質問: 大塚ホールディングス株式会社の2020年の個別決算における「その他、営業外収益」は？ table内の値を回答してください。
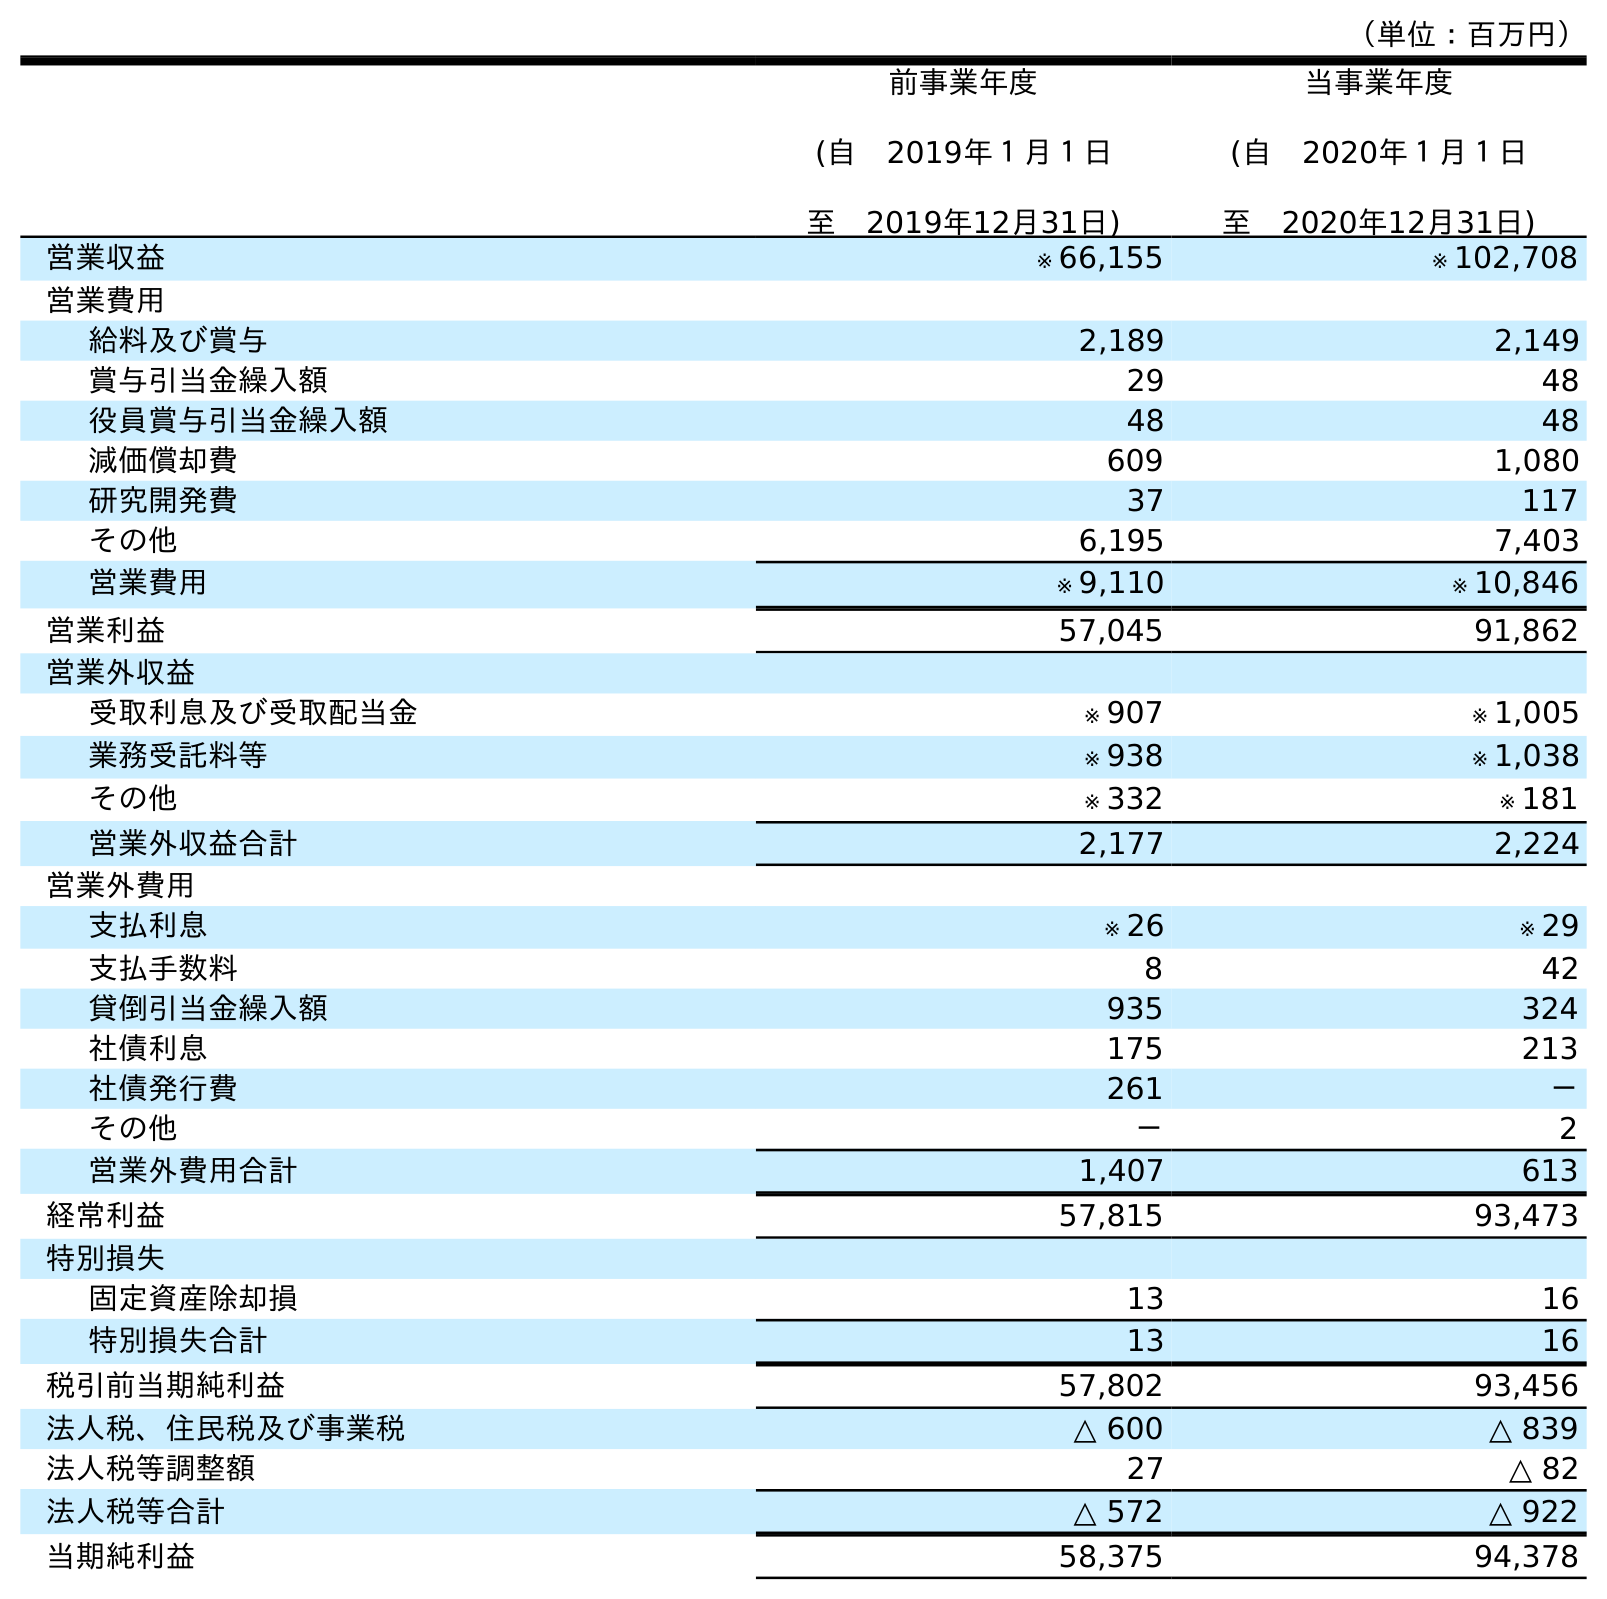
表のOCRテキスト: （単位：百万円） 前事業年度 (自 2019年１月１日 至 2019年12月31日) 当事業年度 (自 2020年１月１日 至 2020年12月31日) 営業収益 ※ 66,155 ※ 102,708 営業費用 給料及び賞与 2,189 2,149 賞与引当金繰入額 29 48 役員賞与引当金繰入額 48 48 減価償却費 609 1,080 研究開発費 37 117 その他 6,195 7,403 営業費用 ※ 9,110 ※ 10,846 営業利益 57,045 91,862 営業外収益 受取利息及び受取配当金 ※ 907 ※ 1,005 業務受託料等 ※ 938 ※ 1,038 その他 ※ 332 ※ 181 営業外収益合計 2,177 2,224 営業外費用 支払利息 ※ 26 ※ 29 支払手数料 8 42 貸倒引当金繰入額 935 324 社債利息 175 213 社債発行費 261 － その他 － 2 営業外費用合計 1,407 613 経常利益 57,815 93,473 特別損失 固定資産除却損 13 16 特別損失合計 13 16 税引前当期純利益 57,802 93,456 法人税、住民税及び事業税 △ 600 △ 839 法人税等調整額 27 △ 82 法人税等合計 △ 572 △ 922 当期純利益 58,375 94,378
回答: ※181